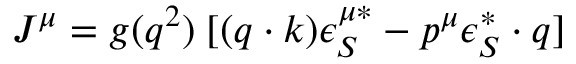
J ^ { \mu } = g ( q ^ { 2 } ) \; [ ( q \cdot k ) \epsilon _ { S } ^ { \mu * } - p ^ { \mu } \epsilon _ { S } ^ { * } \cdot q ]